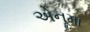
એનૂમા